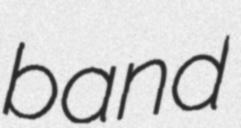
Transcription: band